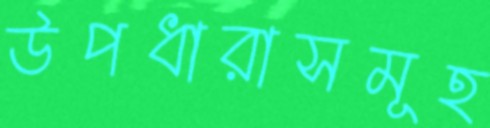
উপধারাসমূহ